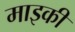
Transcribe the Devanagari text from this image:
माइकी